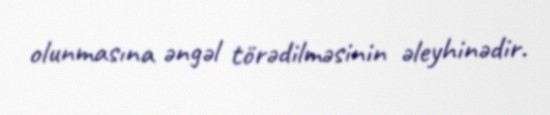
olunmasına əngəl törədilməsinin əleyhinədir.